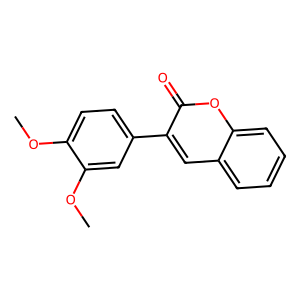
SMILES: COc1ccc(-c2cc3ccccc3oc2=O)cc1OC
Inhibits HIV replication: No